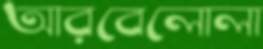
আরবেলোলা